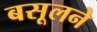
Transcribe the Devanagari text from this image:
बसूलने